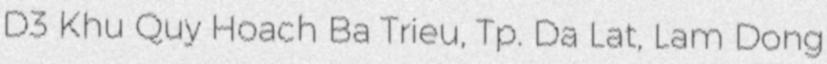
D3 Khu Quy Hoach Ba Trieu, Tp. Da Lat, Lam Dong